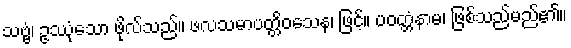
သဗ္ဗံ၊ ဥဿုံသော ဖိုလ်သည်။ ဖလသမာပတ္တိဝသေန၊ ဖြင့်။ ပဝတ္တံနာမ၊ ဖြစ်သည်မည်၏။